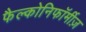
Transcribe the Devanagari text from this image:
फैल्कोनिफॉर्मीज़